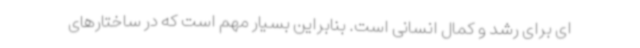
ای برای رشد و کمال انسانی است. بنابراین بسیار مهم است که در ساختارهای